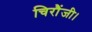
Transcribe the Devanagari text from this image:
चिरौंजी।